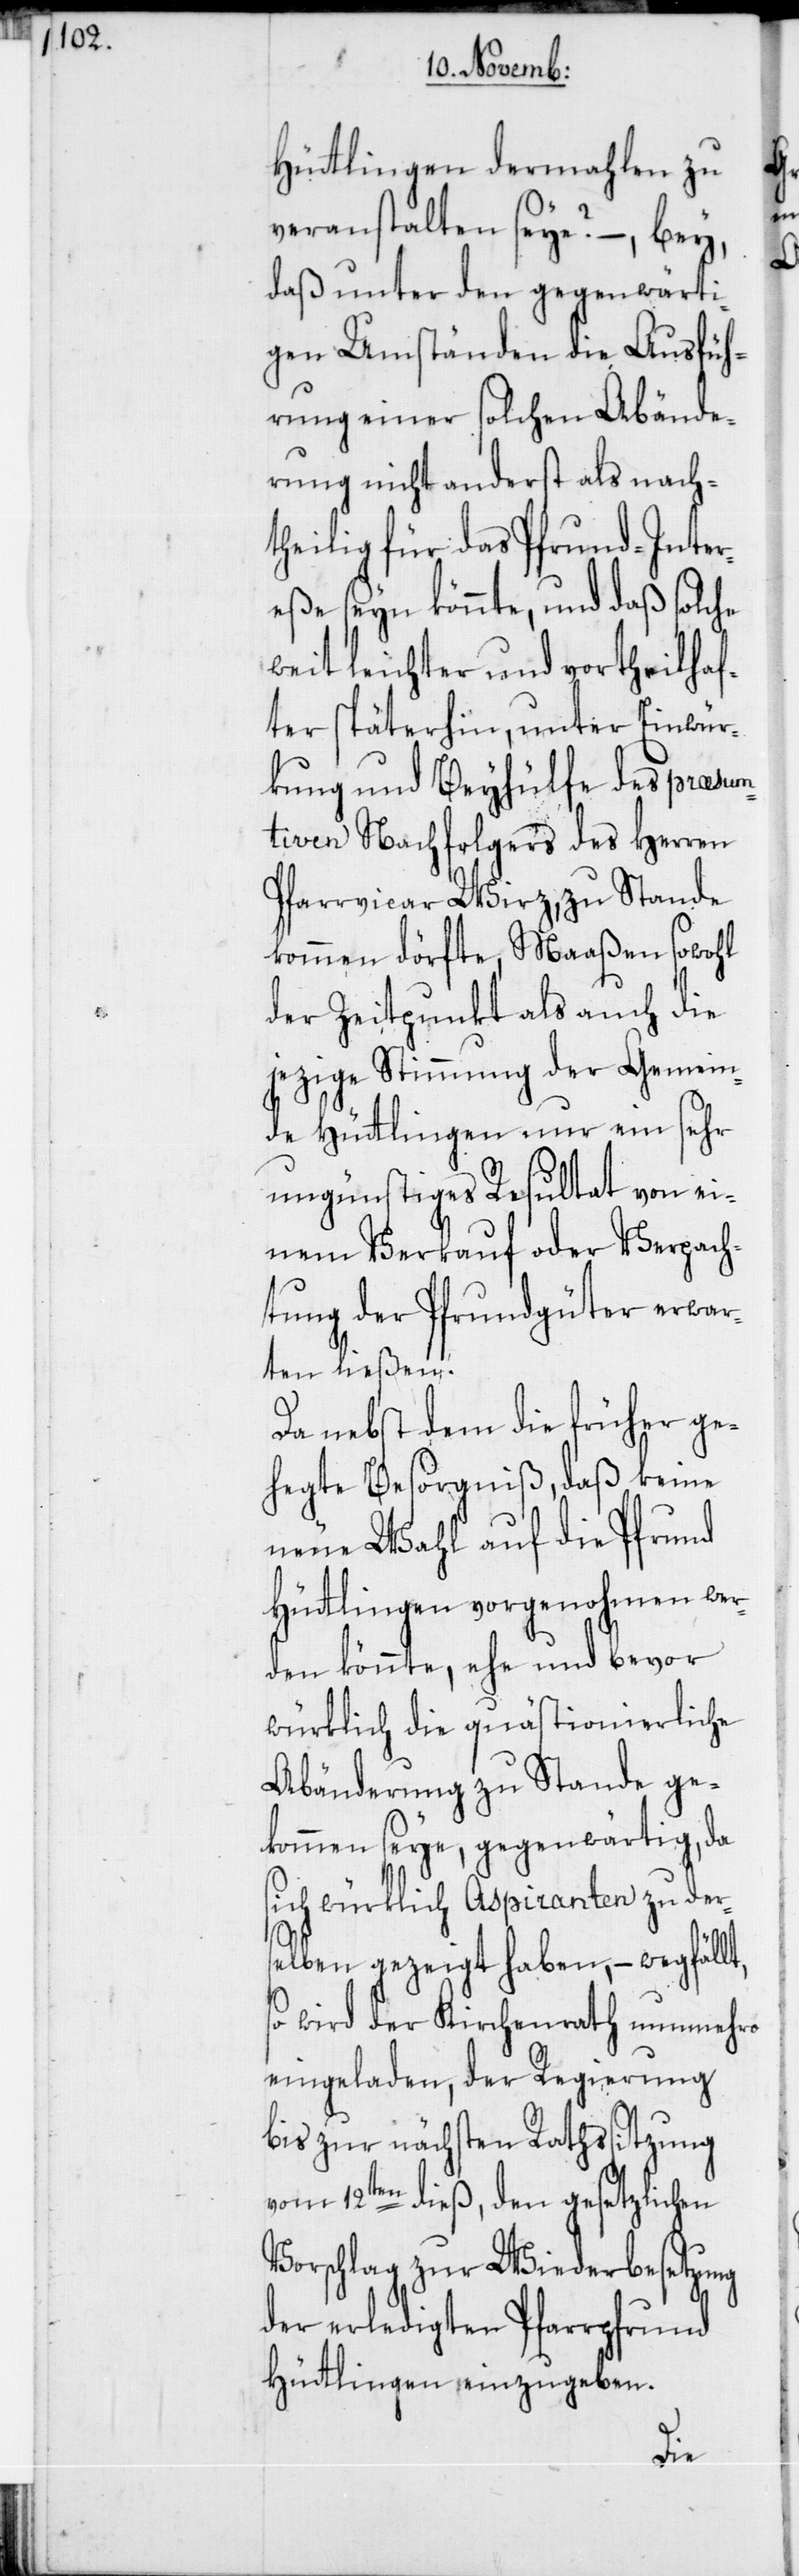
Hüttlingen dermahlen zu
veranstalten seie? –, bey,
daß unter den gegenwärti¬
gen Umständen die Ausfüh¬
rung einer solchen Abände¬
rung nicht anderst als nach¬
theilig für das Pfrund-Inter¬
eße seyn könnte, und daß solche
weit leichter und vortheilhaf¬
ter späterhin, unter Einwür¬
kung und Beyhülfe des præsum¬
tiven Nachfolgers des Herren
Pfarrvicar Wirz, zu Stande
kommen dörfte, Maaßen sowohl
der Zeitpunkt als auch die
jezige Stimmung der Gemein¬
de Hüttlingen nur ein sehr
ungünstiges Resultat von ei¬
nem Verkauf oder Verpach¬
tung der Pfrundgüter erwar¬
ten ließen.
Da nebst dem die früher ge¬
hegte Besorgniß, daß keine
neue Wahl auf die Pfrund
Hüttlingen vorgenohmen wer¬
den könnte, ehe und bevor
würklich die quästionierliche
Abänderung zu Stande ge¬
kommen seye, gegenwärtig, da
sich würklich Aspiranten zu der¬
selben gezeigt haben, – wegfällt,
so wird der Kirchenrath nunmehro
eingeladen, der Regierung
bis zur nächsten Rathssitzung
vom 12ten dieß, den gesetzlichen
Vorschlag zur Wiederbesetzung
der erledigten Pfarrpfrund
Hüttlingen einzugeben.